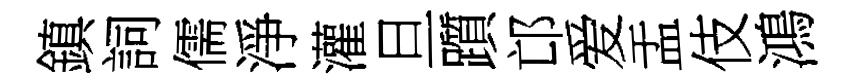
鎮詞儒淨灌旦躓邙爱盂伎鴻